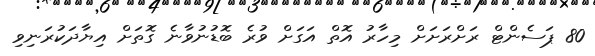
80 ޕަސެންޓް ރަށްރަށަށް މިހާރު އޮތް އަގަށް ވުރެ ބޮޑުނުވާނެ ގޮތަށް އިޔާދަކުރަނިވި